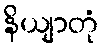
နိယျာတုံ